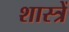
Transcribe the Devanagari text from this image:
शास्त्रें